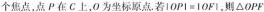
个焦点，点P在C上，O为坐标原点.若|0P|=|OF|，则\triangle OPF